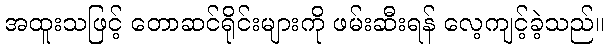
အထူးသဖြင့် တောဆင်ရိုင်းများကို ဖမ်းဆီးရန် လေ့ကျင့်ခဲ့သည်။